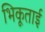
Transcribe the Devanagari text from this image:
भिकूताई